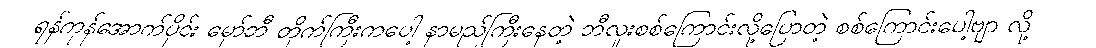
ရန်ကုန်အောက်ပိုင်း မှော်ဘီ တိုက်ကြီးကပေါ့ နာမည်ကြီးနေတဲ့ ဘီလူးစစ်ကြောင်းလို့ပြောတဲ့ စစ်ကြောင်းပေါ့ဗျာ လို့